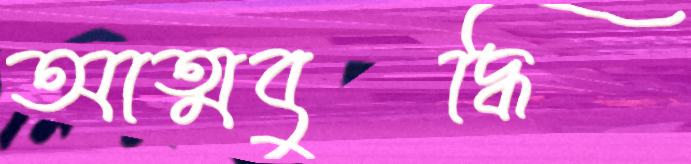
আত্মবুদ্ধি